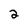
Character: 2